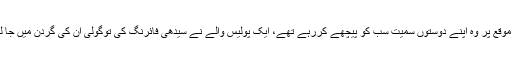
اس موقع پر وہ اپنے دوستوں سمیت سب کو پیچھے کررہے تھے، ایک پولیس والے نے سیدھی فائرنگ کی توگولی ان کی گردن میں جا لگی۔